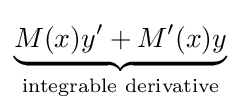
\underbrace {M(x)y'+M'(x)y} _{\text{integrable derivative}}